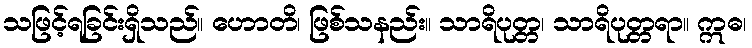
သဖြင့်ရခြင်းရှိသည်။ ဟောတိ၊ ဖြစ်သနည်း။ သာရိပုတ္တ၊ သာရိပုတ္တရာ။ ဣဓ၊